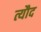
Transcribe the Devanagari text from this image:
त्यौद